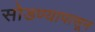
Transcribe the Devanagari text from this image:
सोडण्यापासून